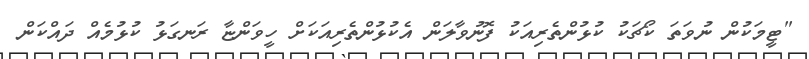
"ޓީމަކުން ނުވަތަ ކޯޗަކު ކުޅުންތެރިއަކު ފޮނުވާލަން އެކުޅުންތެރިއަކަށް ހީވަންޏާ ރަނގަޅު ކުޅުމެއް ދައްކަން